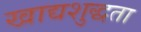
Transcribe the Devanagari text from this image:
खाद्यशुद्धता